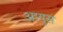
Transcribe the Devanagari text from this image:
आयुस